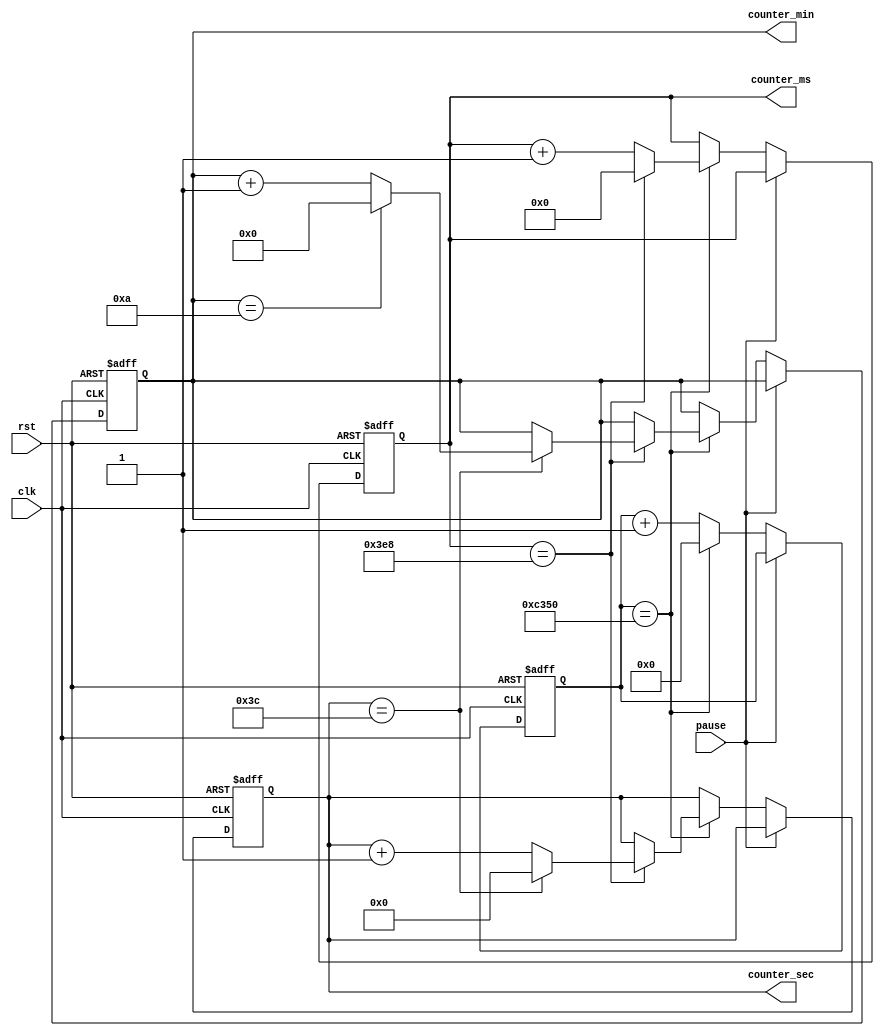
module counter(
    input wire clk,
    input wire rst,
    input wire pause,
    output reg [11:0] counter_ms,
    output reg [7:0] counter_sec,
    output reg [3:0] counter_min
);

reg [15:0] prescaler;

always @(posedge clk or negedge rst) begin
    if (!rst) begin
        counter_ms <= 12'b0;
        counter_sec <= 8'b0;
        counter_min <= 4'b0;
        prescaler <= 16'b0;
    end else if (!pause) begin
        prescaler <= prescaler + 1;
        if (prescaler == 50000) begin
            prescaler <= 16'b0;
            counter_ms <= counter_ms + 1;
            if (counter_ms == 1000) begin
                counter_ms <= 12'b0;
                counter_sec <= counter_sec + 1;
                if (counter_sec == 60) begin
                    counter_sec <= 8'b0;
                    counter_min <= counter_min + 1;
                    if (counter_min == 10) begin
                        counter_min <= 4'b0;
                    end
                end
            end
        end
    end
end

endmodule